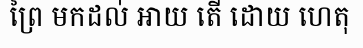
ព្រៃ មកដល់ អាយ តើ ដោយ ហេតុ